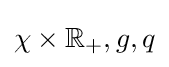
\chi \times \mathbb {R} _{+},g,q